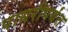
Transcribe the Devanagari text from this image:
पायरीपर्यंत